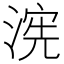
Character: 𮳏